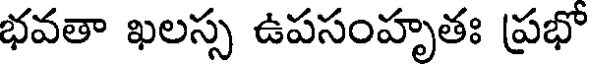
భవతా ఖలస్స ఉపసంహృతః ప్రభో